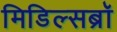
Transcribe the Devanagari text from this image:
मिडिल्सब्रॉ